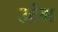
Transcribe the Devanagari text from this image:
उटंग